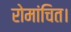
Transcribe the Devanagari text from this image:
रोमांचित।